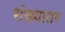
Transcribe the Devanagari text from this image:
संख्यातर